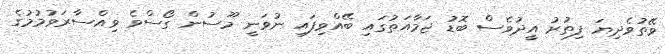
ވޭތުވެދިޔަ ފިތުރު އީދުވެސް ބޮޑު ޖަމާއަތުގައި ބޭއްވިފައި ނުވަނީ މޫސުން ގޯސްވެ ވިއްސާރަވުމުމުގެ